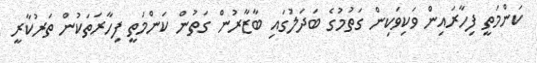
ކަންމަތީ ފިހާރައިން ވަކިވަކިން ގަތުމުގެ ބަދަލުގައި ބާޒާރުން ގަތުން ކަންމަތީ ފިހާރަތަކުން ތަރުކާރީ